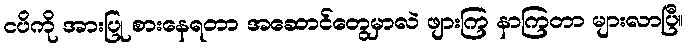
ငပိကို အားပြု စားနေရတာ အဆောင်တွေမှာလဲ ဖျားကြ နာကြတာ များလာပြီ။